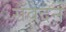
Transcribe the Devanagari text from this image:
सँवेदन